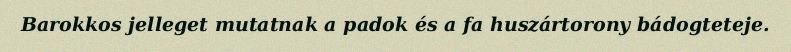
Barokkos jelleget mutatnak a padok és a fa huszártorony bádogteteje.